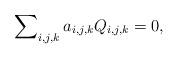
LaTeX: \begin{align*}\sum\nolimits_{i,j,k}a_{i,j,k}Q_{i,j,k}=0,\end{align*}